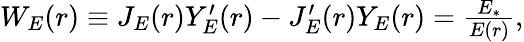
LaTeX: \begin{array}{r}{W_{E}(r)\equiv J_{E}(r)Y_{E}^{\prime}(r)-J_{E}^{\prime}(r)Y_{E}(r)=\frac{E_{\ast}}{E(r)},}\end{array}